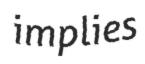
implies